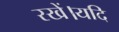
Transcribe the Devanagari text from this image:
रखें।यदि